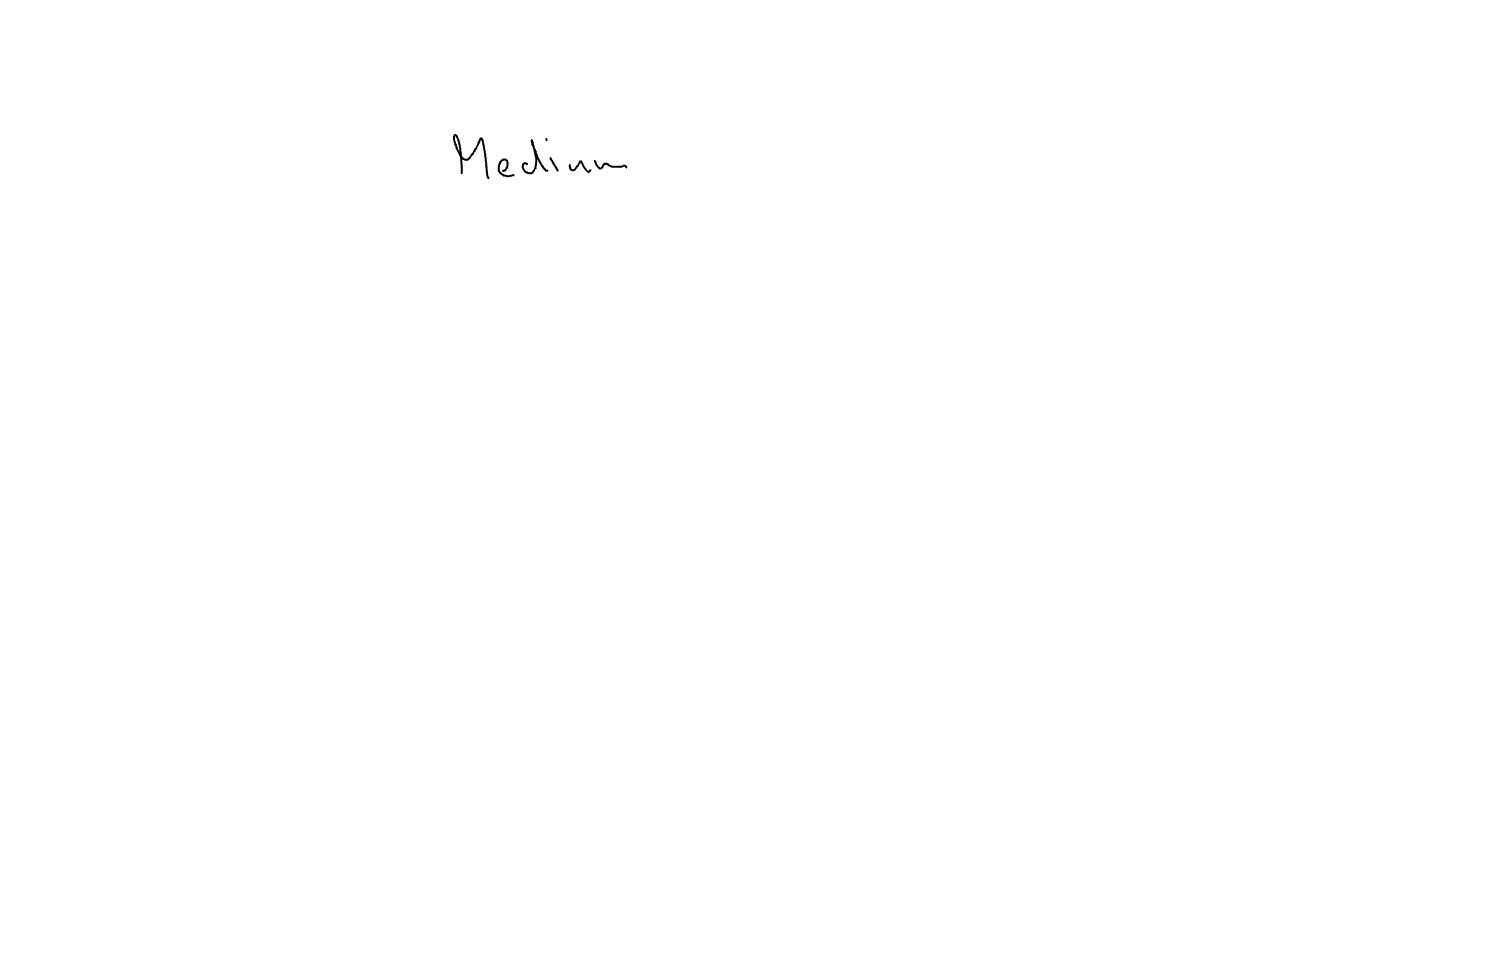
Text: Medium